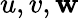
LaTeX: u,v,\mathbf{w}